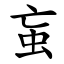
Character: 䖟